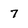
Character: 7